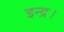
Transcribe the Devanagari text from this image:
इन्द्र।